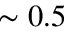
\sim 0 . 5